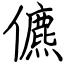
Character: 儦